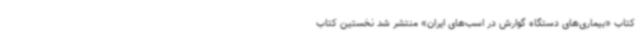
کتاب «بیماری‌های دستگاه گوارش در اسب‌های ایران» منتشر شد نخستین کتاب